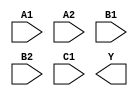
module sky130_fd_sc_hs__a221oi (
    //# {{data|Data Signals}}
    input  A1,
    input  A2,
    input  B1,
    input  B2,
    input  C1,
    output Y
);

    // Voltage supply signals
    supply1 VPWR;
    supply0 VGND;

endmodule